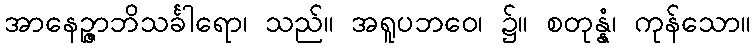
အာနေဉ္ဇာဘိသင်္ခါရော၊ သည်။ အရူပဘဝေ၊ ၌။ စတုန္နံ၊ ကုန်သော။